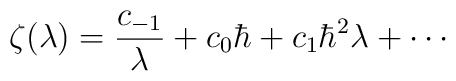
\zeta(\lambda) = \frac{c_{-1}}{\lambda} + c_0 \hbar +  c_1 \hbar^2 \lambda + \cdots